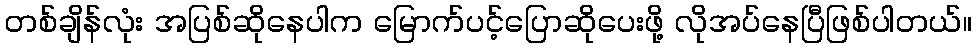
တစ်ချိန်လုံး အပြစ်ဆိုနေပါက မြောက်ပင့်ပြောဆိုပေးဖို့ လိုအပ်နေပြီဖြစ်ပါတယ်။